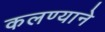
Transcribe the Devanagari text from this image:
कलण्याने